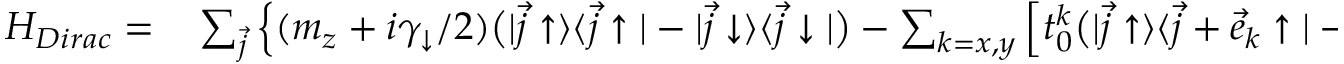
\begin{array} { r l } { H _ { D i r a c } = } & { { } \sum _ { \vec { j } } \Big \{ ( m _ { z } + i \gamma _ { \downarrow } / 2 ) \bigr ( | \vec { j } \uparrow \rangle \langle \vec { j } \uparrow | - | \vec { j } \downarrow \rangle \langle \vec { j } \downarrow | \bigr ) - \sum _ { k = x , y } \Big [ t _ { 0 } ^ { k } \bigr ( | \vec { j } \uparrow \rangle \langle \vec { j } + \vec { e } _ { k } \uparrow | - e ^ { - i \vec { K } \cdot \vec { e } _ { k } } | \vec { j } \downarrow \rangle \langle \vec { j } + \vec { e } _ { k } \downarrow | \bigr ) \Big ] } \end{array}